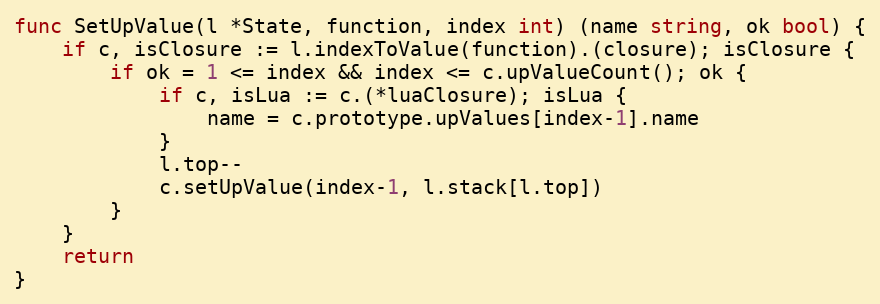
Language: Go
func SetUpValue(l *State, function, index int) (name string, ok bool) {
	if c, isClosure := l.indexToValue(function).(closure); isClosure {
		if ok = 1 <= index && index <= c.upValueCount(); ok {
			if c, isLua := c.(*luaClosure); isLua {
				name = c.prototype.upValues[index-1].name
			}
			l.top--
			c.setUpValue(index-1, l.stack[l.top])
		}
	}
	return
}